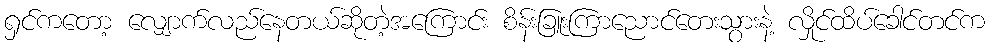
ရှင်ကတော့ လျှောက်လည်နေတယ်ဆိုတဲ့အကြောင်း စိန်းခြူးကြာညောင်တေးသွားနဲ့ လှိုင်ထိပ်ခေါင်တင်က